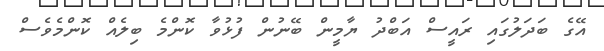
އޭގެ ބަދަލުގައި ރައީސް އަބްދު ޔާމީން ބޭނުން ފުޅުވާ ކޮންމެ ބިލެއް ކޮންމެވެސް